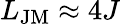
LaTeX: L_{\mathrm{JM}}\approx 4J